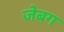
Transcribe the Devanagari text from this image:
जेबग